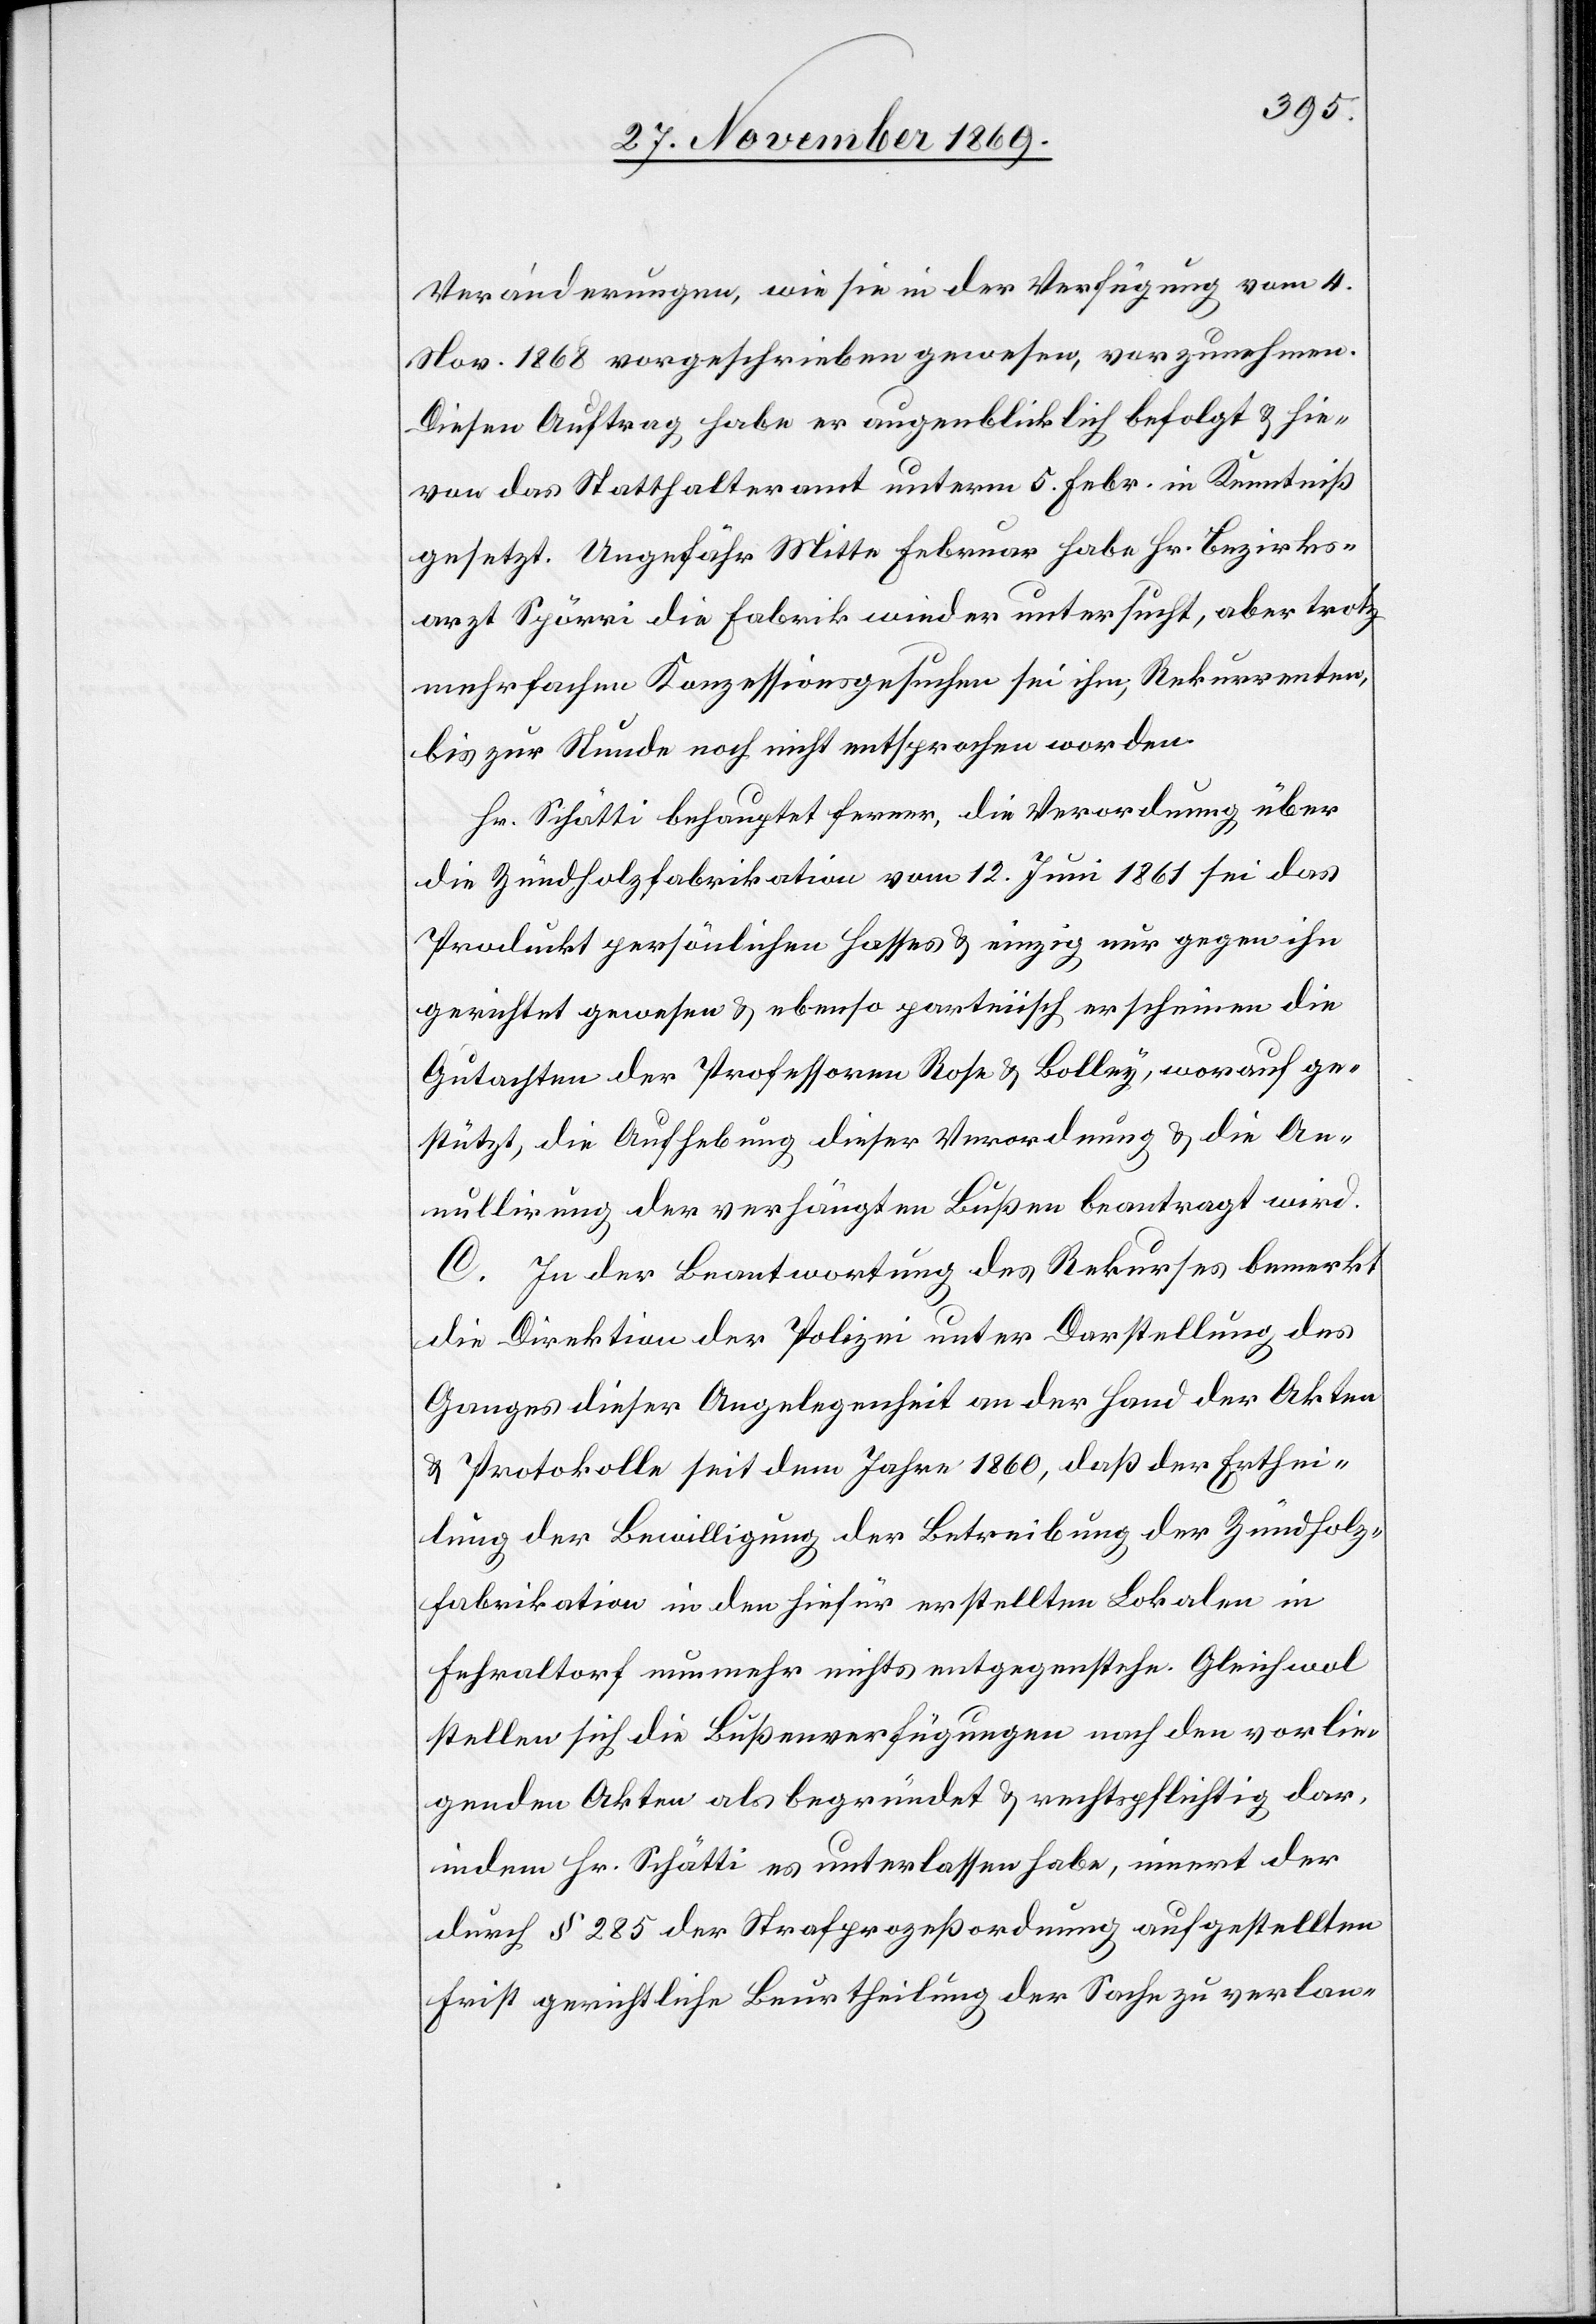
Veränderungen, wie sie in der Verfügung vom 4.
Nov. 1868 vorgeschrieben gewesen, vorzunehmen.
Diesen Auftrag habe er augenblicklich befolgt & hie¬
von das Statthalteramt unterm 5. Febr. in Kenntniß
gesetzt. Ungefähr Mitte Februar habe Hr. Bezirks¬
arzt Spörri die Fabrik wieder untersucht, aber trotz
mehrfachen Konzessionsgesuchen sei ihm, Rekurrenten,
bis zur Stunde noch nicht entsprochen worden.
Hr. Schätti behauptet ferner, die Verordnung über
die Zündholzfabrikation vom 12. Juni 1861 sei das
Produckt persönlichen Hasses & einzig nur gegen ihn
gerichtet gewesen & ebenso parteiisch erscheinen die
Gutachten der Professoren Rose & Bolley, worauf ge¬
stützt, die Aufhebung dieser Verordnung & die An¬
nullirung der verhängten Bußen beantragt wird.
C. In der Beantwortung des Rekurses bemerkt
die Direktion der Polizei unter Darstellung des
Ganges dieser Angelegenheit an der Hand der Akten
& Protokolle seit dem Jahre 1860, daß der Erthei¬
lung der Bewilligung der Betreibung der Zündholz¬
fabrikation in den hiefür erstellten Lokalen in
Fehraltorf nunmehr nichts entgegenstehe. Gleichwol
stellen sich die Bußenverfügungen nach den vorlie¬
genden Akten als begründet & rechtspflichtig dar,
indem Hr. Schätti es unterlassen habe, innert der
durch § 285 der Strafprozeßordnung aufgestellten
Frist gerichtliche Beurtheilung der Sache zu verlan-